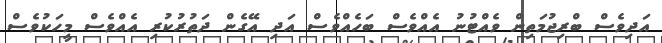
އަދިވެސް ބްރިޖުމަތިން ވެއްޓުނު އެއްވެސް ބަހެއްވެސް އަދި އޭގެން ދަތުރުކުރި އެއްވެސް މީހަކުވެސް